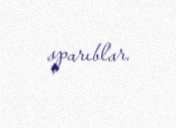
aparıblar.